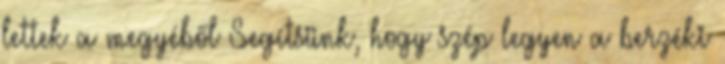
lettek a megyéből Segítsünk, hogy szép legyen a berzéki